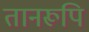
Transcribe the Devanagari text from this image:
तानरूपि